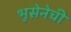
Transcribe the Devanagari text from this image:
भूसेनेची